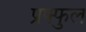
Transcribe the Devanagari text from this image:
प्रफ्फुल